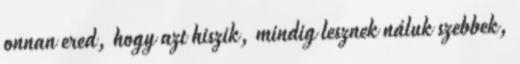
onnan ered, hogy azt hiszik, mindig lesznek náluk szebbek,